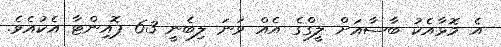
އެ މޮޅާއެކު ބާސާއަށް ލީގްގެ އެއް ވަނަ ލިބެނީ 63 ޕޮއިންޓާ އެކުއެވެ.